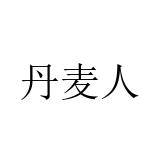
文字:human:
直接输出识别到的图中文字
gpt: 丹麦人